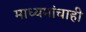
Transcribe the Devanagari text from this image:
माध्यमांचाही